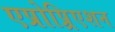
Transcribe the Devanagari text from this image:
एप्रोप्र्रिएशन